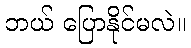
ဘယ် ပြောနိုင်မလဲ။